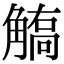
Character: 𧤦